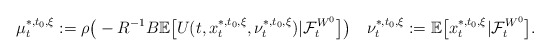
\begin{align*}\mu_t^{*,t_0,\xi}:=\rho\big(-R^{-1}B\mathbb E\big[U(t,x_t^{*,t_0,\xi},\nu_t^{*,t_0,\xi})|\mathcal{F}_t^{W^0}\big]\big)\quad\nu_t^{*,t_0,\xi}:=\mathbb E\big[x_t^{*,t_0,\xi}|\mathcal{F}_t^{W^0}\big].\end{align*}